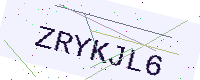
Text: ZRYKJL6